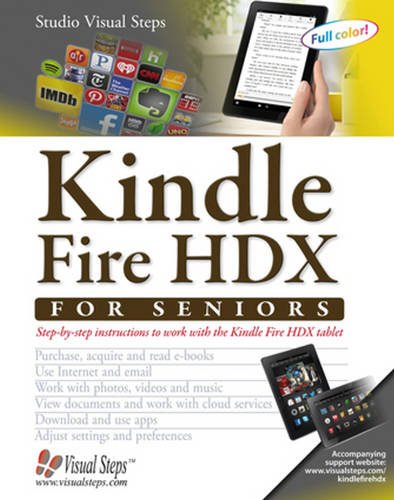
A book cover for Kindle Fire HDX for Seniors: Step-by-Step Instructions to Work with the Kindle Fire HDX Tablet (Computer Books for Seniors series); Studio Visual Steps; Computers & Technology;